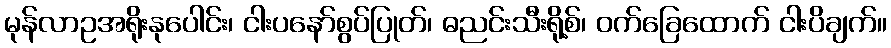
မုန်လာဥအရိုးနုပေါင်း၊ ငါးပနော်စွပ်ပြုတ်၊ ဓညင်းသီးရို့စ်၊ ဝက်ခြေထောက် ငါးပိချက်။